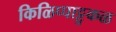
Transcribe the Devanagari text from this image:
किळिप्पाट्टुकळ